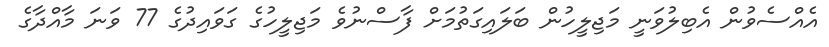
އެއްސެވުން އެބިލުވަނީ މަޖިލީހުން ބަލައިގަތުމަށް ފާސްނުވެ މަޖިލީހުގެ ގަވައިދުގެ 77 ވަނަ މާއްދާގެ